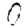
Digit: 0